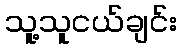
သူ့သူငယ်ချင်း